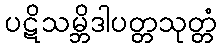
ပဋိသမ္ဘိဒါပတ္တသုတ္တံ